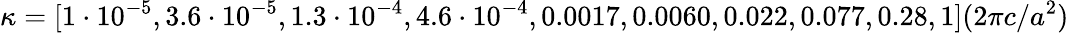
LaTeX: \kappa=[1\cdot 10^{-5},3.6\cdot 10^{-5},1.3\cdot 10^{-4},4.6\cdot 10^{-4},0.0017,0.0060,0.022,0.077,0.28,1](2\pi c/a^{2})